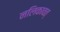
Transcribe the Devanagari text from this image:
नलिकावत्‌